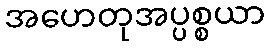
အဟေတုအပ္ပစ္စယာ